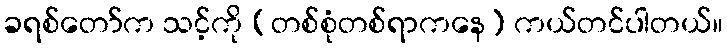
ခရစ်တော်က သင့်ကို (တစ်စုံတစ်ရာကနေ) ကယ်တင်ပါတယ်။